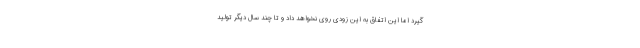
گیرد اما این اتفاق به این زودی روی نخواهد داد و تا چند سال دیگر تولید